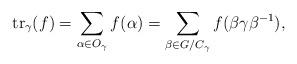
LaTeX: \begin{align*}\operatorname{tr}_\gamma(f)=\sum_{\alpha\in O_\gamma} f(\alpha)=\sum_{\beta\in G/C_\gamma} f(\beta \gamma \beta^{-1}),\end{align*}